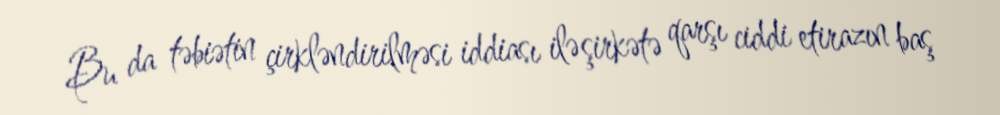
Bu da təbiətin çirkləndirilməsi iddiası ilə şirkətə qarşı ciddi etirazın baş